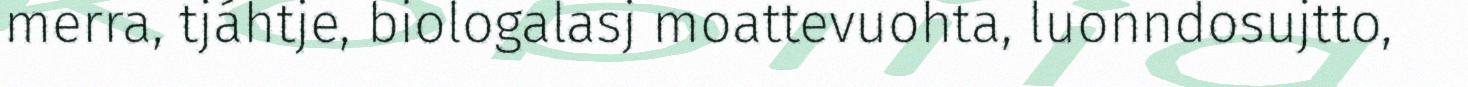
merra, tjáhtje, biologalasj moattevuohta, luonndosujtto,